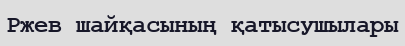
Ржев шайқасының қатысушылары